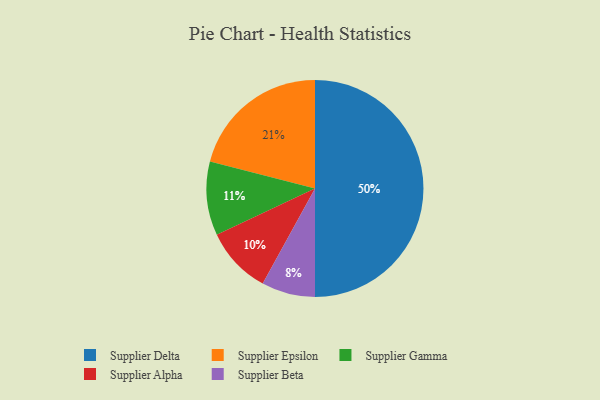
{"axis": {"x": "Category", "y": "Percentage"}, "legend": ["Supplier Alpha", "Supplier Beta", "Supplier Delta", "Supplier Epsilon", "Supplier Gamma"], "data": [{"x": "Supplier Beta", "y": 8, "type": "Supplier Beta"}, {"x": "Supplier Epsilon", "y": 21, "type": "Supplier Epsilon"}, {"x": "Supplier Alpha", "y": 10, "type": "Supplier Alpha"}, {"x": "Supplier Gamma", "y": 11, "type": "Supplier Gamma"}, {"x": "Supplier Delta", "y": 50, "type": "Supplier Delta"}]}